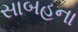
સાબહના